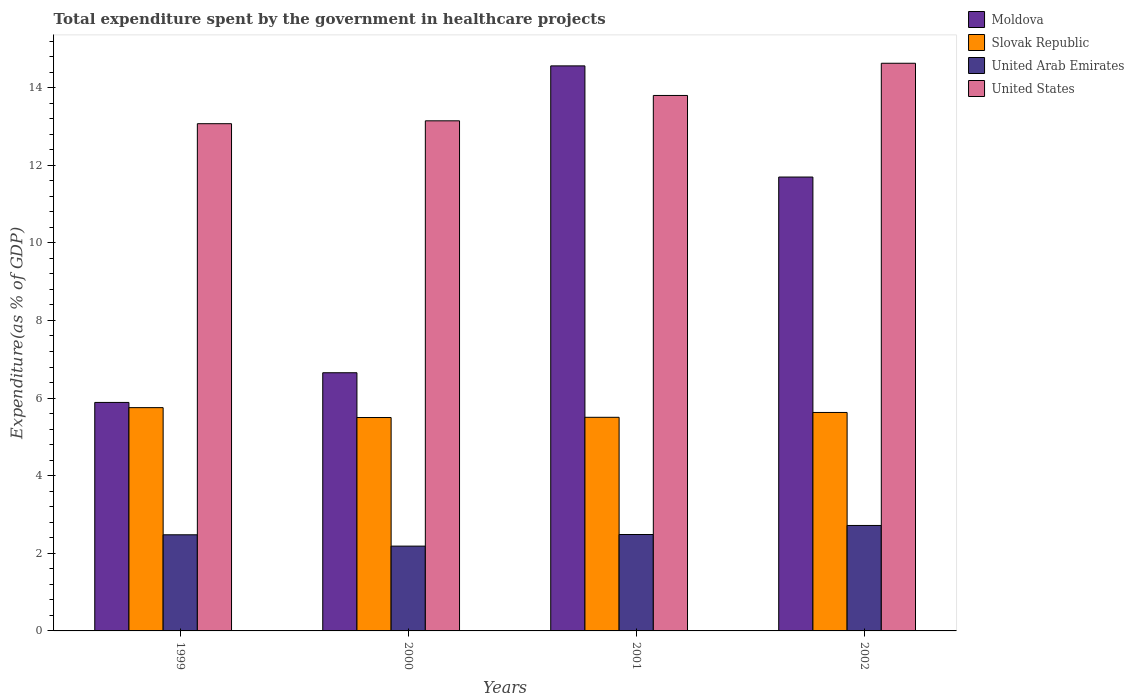
| Years | Moldova | Slovak Republic | United Arab Emirates | United States |
 | --- | --- | --- | --- | --- |
 | 1999 | 5.89 | 5.75 | 2.48 | 13.1 |
 | 2000 | 6.65 | 5.5 | 2.19 | 13.1 |
 | 2001 | 14.6 | 5.5 | 2.48 | 13.8 |
 | 2002 | 11.7 | 5.63 | 2.72 | 14.6 |